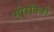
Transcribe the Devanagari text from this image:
मोरॉक्को